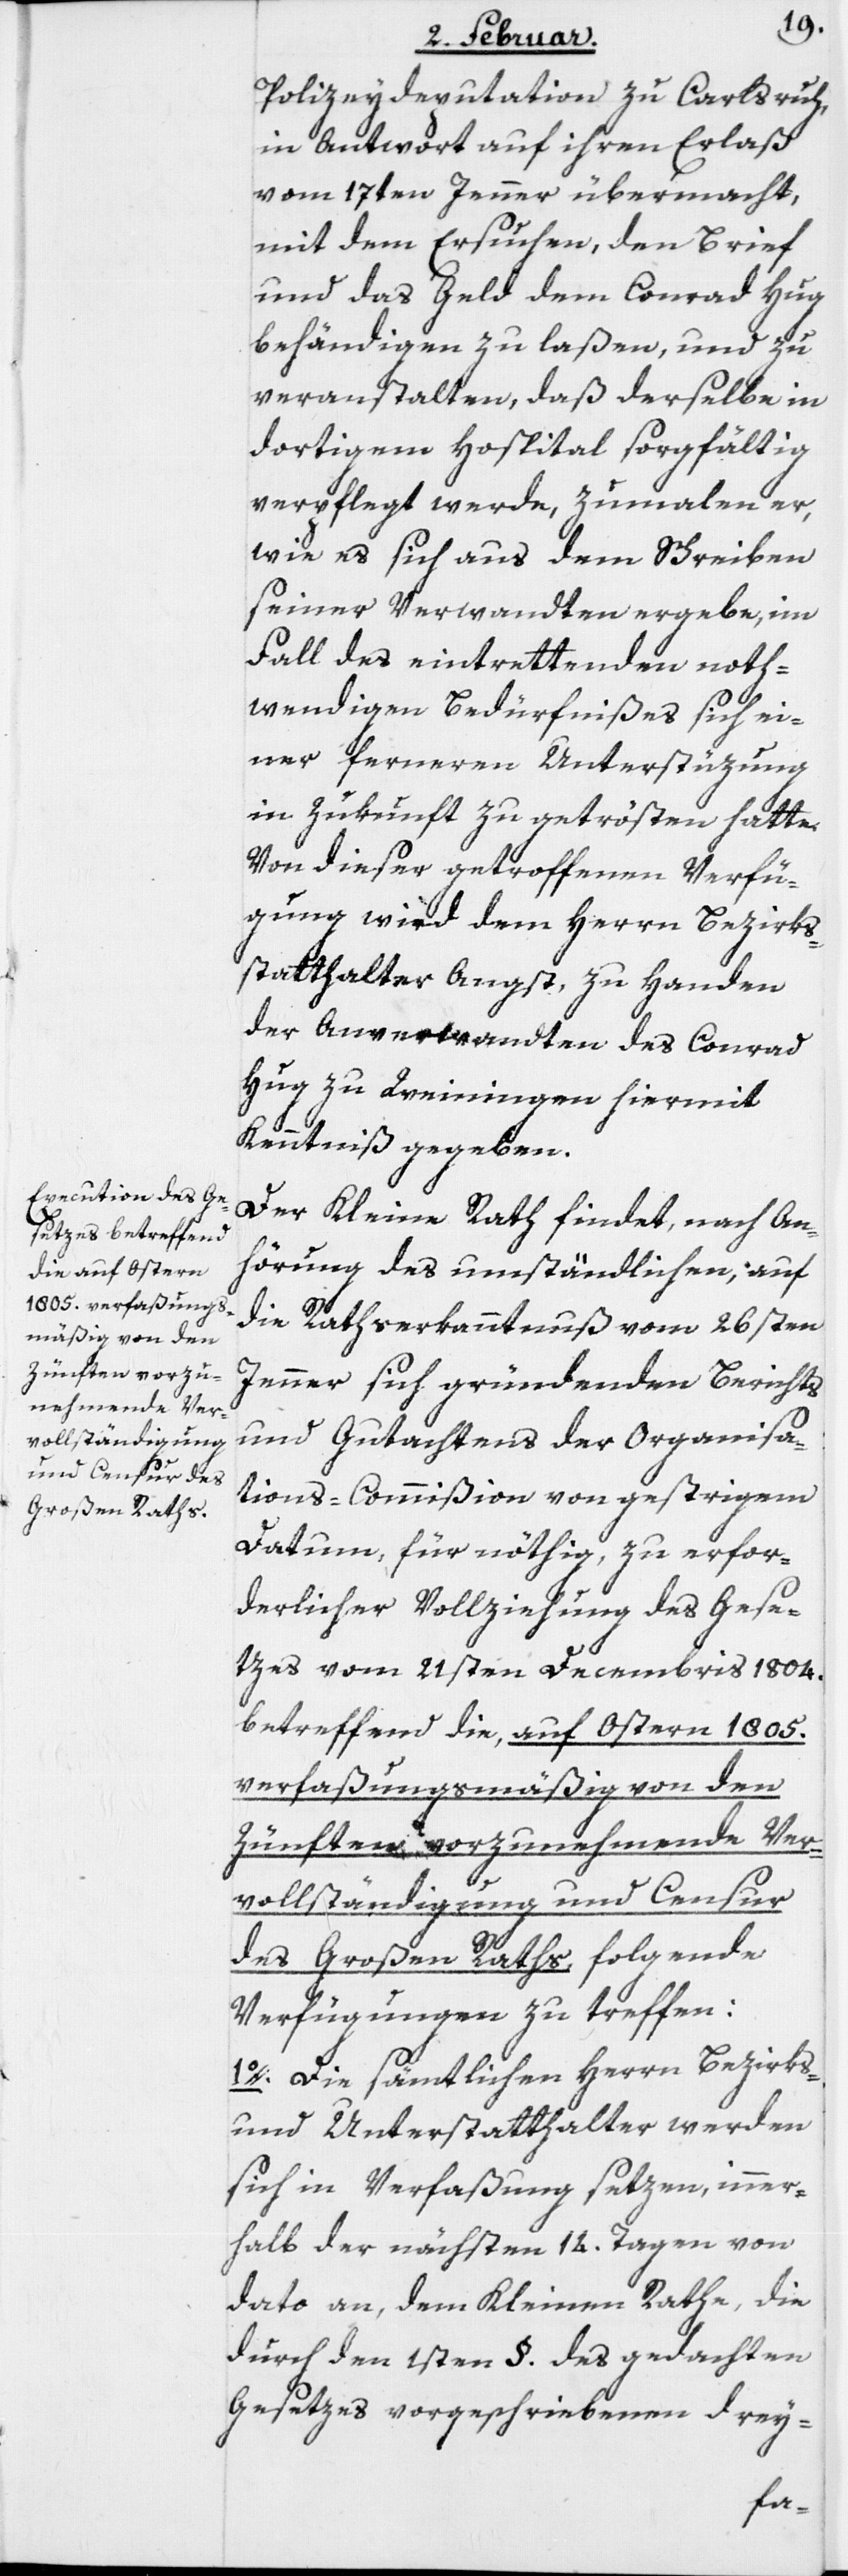
Polizeydeputation zu Carlsruh,
in Antwort auf ihren Erlaß
vom 17ten Jenner übermacht,
mit dem Ersuchen, den Brief
und das Geld dem Conrad Hug
behändigen zu laßen, und zu
veranstalten, daß derselbe in
dortigem Hospital sorgfältig
verpflegt werde, zumalen er,
wie es sich aus dem Schreiben
seiner Verwandten ergebe, im
Fall des eintrettenden noth¬
wendigen Bedürfnißes sich ei¬
ner ferneren Unterstüzung
in Zukunft zu getrösten hatte.
Von dieser getroffenen Verfü¬
gung wird dem Herrn Bezirks¬
statthalter Angst, zu Handen
der Anverwandten des Conrad
Hug zu Weiningen hiermit
Kenntniß gegeben.
Der Kleine Rath findet, nach An¬
hörung des umständlichen, auf
die Rathserkanntnuß vom 26sten
Jenner sich gründenden Berichts
und Gutachtens der Organisa¬
tions-Commißion von gestrigem
Datum, für nöthig, zu erfor¬
derlicher Vollziehung des Gese¬
tzes vom 21sten Decembris 1804.
betreffend die, auf Ostern 1805.
verfaßungsmäßig von den
Zünften vorzunehmende Ver¬
vollständigung und Censur
des Großen Raths, folgende
Verfügungen zu treffen:
1o. Die sämtlichen Herrn Bezirks-
und Unterstatthalter werden
sich in Verfaßung setzen, inner¬
halb der nächsten 14. Tagen von
dato an, dem Kleinen Rathe, die
durch den 1sten §. des gedachten
Gesetzes vorgeschriebenen drey-